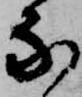
な